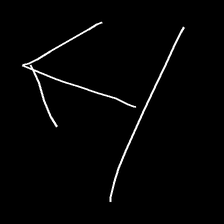
Glyph: levitation